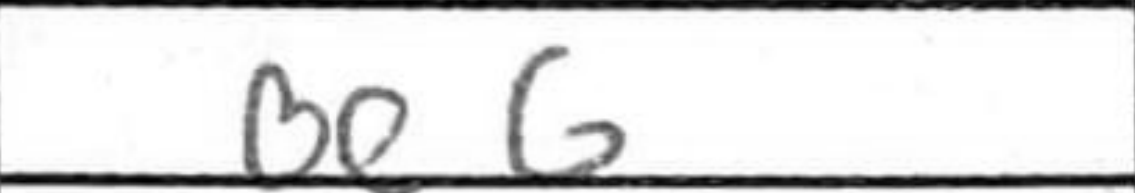
Transcription: Be6